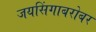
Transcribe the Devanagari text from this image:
जयसिंगाबरोबर